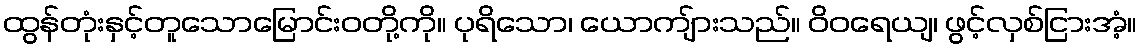
ထွန်တုံးနှင့်တူသောမြောင်းဝတို့ကို။ ပုရိသော၊ ယောကျ်ားသည်။ ဝိဝရေယျ၊ ဖွင့်လှစ်ငြားအံ့။